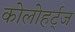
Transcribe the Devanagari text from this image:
कोलोहर्ट्ज